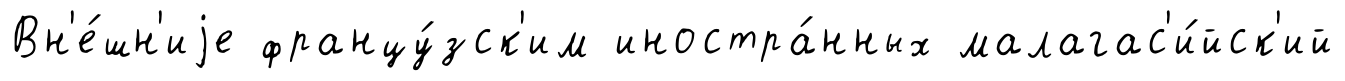
Вн'е́шн'иjе францу́зск'им иностра́нных малагас'и́йск'ий